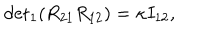
{ \det } _ { 1 } ( R _ { 2 1 } R _ { 1 2 } ) = \kappa I _ { 1 2 } ,